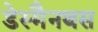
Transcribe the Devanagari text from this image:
डेस्मैनथस